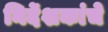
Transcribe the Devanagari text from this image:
निर्देशकांचे